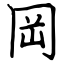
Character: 岡